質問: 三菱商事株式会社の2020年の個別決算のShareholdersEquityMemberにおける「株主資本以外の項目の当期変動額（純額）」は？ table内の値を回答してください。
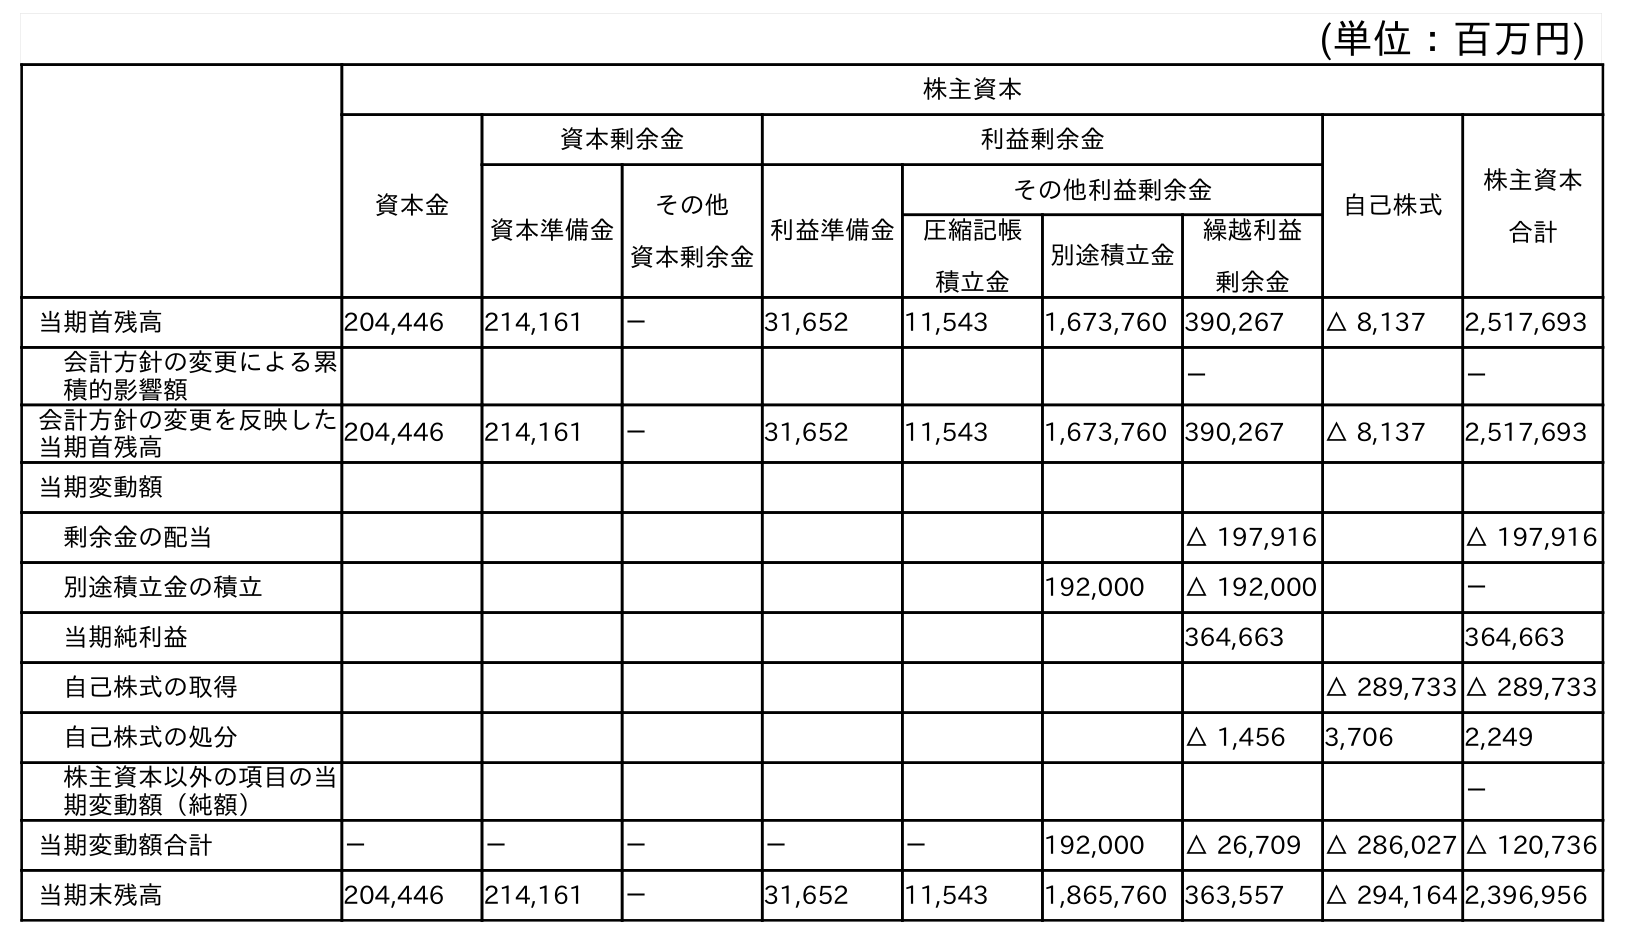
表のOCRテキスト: (単位：百万円) 株主資本 資本金 資本剰余金 利益剰余金 自己株式 株主資本 合計 資本準備金 その他 資本剰余金 利益準備金 その他利益剰余金 圧縮記帳 積立金 別途積立金 繰越利益 剰余金 当期首残高 204,446 214,161 － 31,652 11,543 1,673,760 390,267 △ 8,137 2,517,693 会計方針の変更による累 積的影響額 － － 会計方針の変更を反映した 当期首残高 204,446 214,161 － 31,652 11,543 1,673,760 390,267 △ 8,137 2,517,693 当期変動額 剰余金の配当 △ 197,916 △ 197,916 別途積立金の積立 192,000 △ 192,000 － 当期純利益 364,663 364,663 自己株式の取得 △ 289,733 △ 289,733 自己株式の処分 △ 1,456 3,706 2,249 株主資本以外の項目の当 期変動額（純額） － 当期変動額合計 － － － － － 192,000 △ 26,709 △ 286,027 △ 120,736 当期末残高 204,446 214,161 － 31,652 11,543 1,865,760 363,557 △ 294,164 2,396,956
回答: －